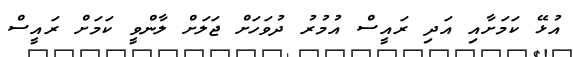
އުޅޭ ކަމަށާއި އަދި ރައީސް އުމުރު ދުވަހަށް ޖަލަށް ލާންވީ ކަމަށް ރައީސް